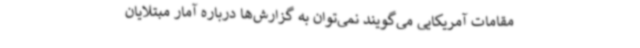
مقامات آمریکایی می‌گویند نمی‌توان به گزارش‌ها درباره آمار مبتلایان